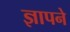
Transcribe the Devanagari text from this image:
ज्ञापने